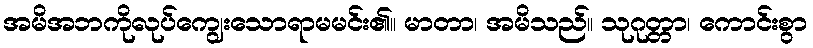
အမိအဘကိုလုပ်ကျွေးသောရာမမင်း၏။ မာတာ၊ အမိသည်။ သုဂုတ္တာ၊ ကောင်းစွာ